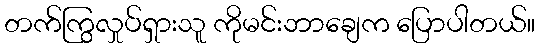
တက်ကြွလှုပ်ရှားသူ ကိုမင်းဘာချေက ပြောပါတယ်။